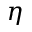
\eta